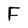
Character: F